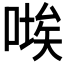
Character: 𭉚